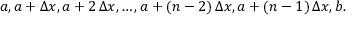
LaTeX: a , a + \Delta x , a + 2 \, \Delta x , \ldots , a + ( n - 2 ) \, \Delta x , a + ( n - 1 ) \, \Delta x , b .